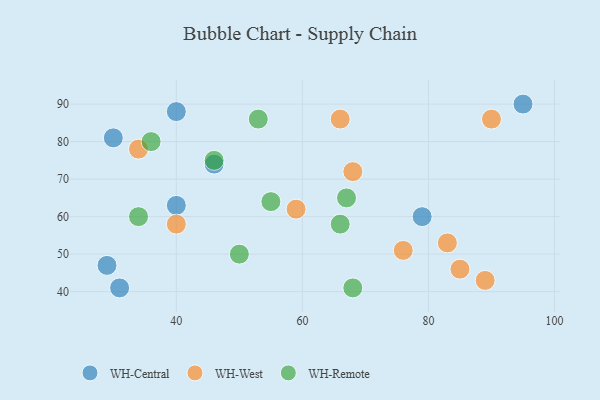
{"axis": {"x": "GDP", "y": "Life Expectancy"}, "legend": ["WH-Central", "WH-Remote", "WH-West"], "data": [{"x": "46", "y": 74, "type": "WH-Central"}, {"x": "40", "y": 63, "type": "WH-Central"}, {"x": "40", "y": 88, "type": "WH-Central"}, {"x": "29", "y": 47, "type": "WH-Central"}, {"x": "95", "y": 90, "type": "WH-Central"}, {"x": "30", "y": 81, "type": "WH-Central"}, {"x": "79", "y": 60, "type": "WH-Central"}, {"x": "31", "y": 41, "type": "WH-Central"}, {"x": "90", "y": 86, "type": "WH-West"}, {"x": "85", "y": 46, "type": "WH-West"}, {"x": "89", "y": 43, "type": "WH-West"}, {"x": "68", "y": 72, "type": "WH-West"}, {"x": "66", "y": 86, "type": "WH-West"}, {"x": "83", "y": 53, "type": "WH-West"}, {"x": "40", "y": 58, "type": "WH-West"}, {"x": "34", "y": 78, "type": "WH-West"}, {"x": "76", "y": 51, "type": "WH-West"}, {"x": "59", "y": 62, "type": "WH-West"}, {"x": "67", "y": 65, "type": "WH-Remote"}, {"x": "66", "y": 58, "type": "WH-Remote"}, {"x": "36", "y": 80, "type": "WH-Remote"}, {"x": "50", "y": 50, "type": "WH-Remote"}, {"x": "46", "y": 75, "type": "WH-Remote"}, {"x": "55", "y": 64, "type": "WH-Remote"}, {"x": "68", "y": 41, "type": "WH-Remote"}, {"x": "34", "y": 60, "type": "WH-Remote"}, {"x": "53", "y": 86, "type": "WH-Remote"}]}